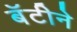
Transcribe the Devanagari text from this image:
बॅटीने